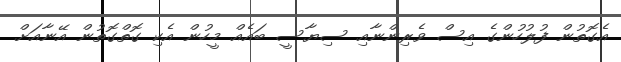
އެގޮތުން ފުލުހުންގެ އިސް ވެރިންނާއި ސިޔާސީ ބައެއް މީހުން އެކި ގޮތްގޮތުން އޭނާއަށް